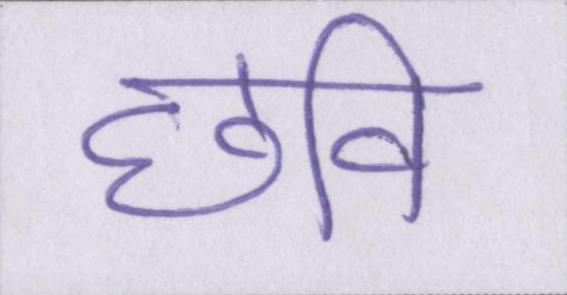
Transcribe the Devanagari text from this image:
छवि